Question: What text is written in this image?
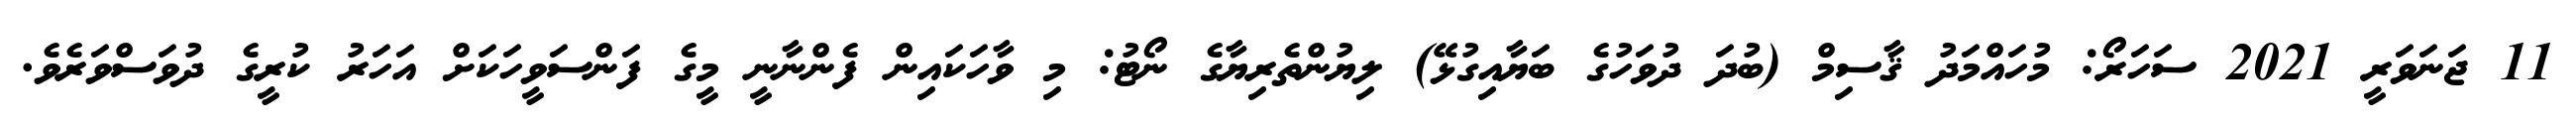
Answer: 11 ޖަނަވަރީ 2021 ސަހަރޯ: މުހައްމަދު ޤާސިމް (ބުދަ ދުވަހުގެ ބަޔާއިގުޅޭ) ލިޔުންތެރިޔާގެ ނޯޓު: މި ވާހަކައިން ފެންނާނީ މީގެ ފަންސަވީހަކަށް އަހަރު ކުރީގެ ދުވަސްވަރެވެ.